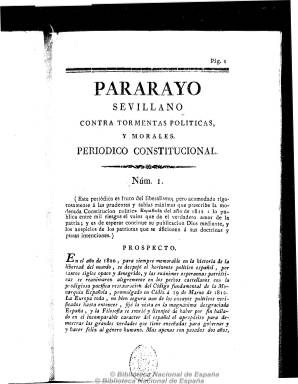
Título: Pararayo sevillano contra tormentas políticas y morales
Otros títulos: Pararrayo sevillano contra tormentas políticas y morales
Colección: Periódicos anteriores a 1850
Ámbito geográfico: Sevilla
Lugar de publicación: Sevilla
Fechas: 27/04/1822-15/06/1822

Subtitulado “periódico constitucional”, en su primer número indica que “es fruto del liberalismo, pero acomodado a las prudentes y sabias máximas que prescribe la moderada Constitución política española del año 1812”. Comienza a publicarse el 27 de abril de 1822, con frecuencia semanal y en números de dieciséis páginas.

Checa Godoy ratifica que es de carácter moderado, y Gil Novales lo adscribe a la Sociedad del Anillo, siendo uno de sus redactores José Ruiz de Luzuriaga, personaje controvertido pues en la misma época publica en Sevilla unos opúsculos antiliberales y anti franc-masones, y durante la posterior década absolutista será encarcelado.

Contiene principalmente artículos doctrinales y políticos, algunos sobre las elecciones, unos diálogos de corte satírico, sueltos, avisos y anuncios con noticias locales y de la provincia, así como los denominados artículos de oficio (órdenes, proclamas, manifiestos, etc.). Fue estampado en la imprenta sevillana a cargo de Anastasio López y después en la de Hidalgo y Compañía. Publicó algún suplemento. Debió cesar su publicación en junio de 1822. Chaves Rey identifica erróneamente su título como Para-rayos…